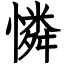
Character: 憐